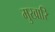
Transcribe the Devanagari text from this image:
मुखारि